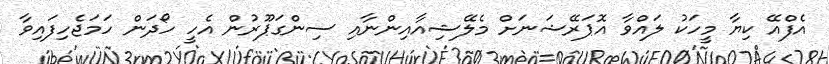
އެފްއޭ ކިޔާ މީހަކު ލައްވާ އޮޕަރޭޝަނަށް މެލޭޝިއާއިންނާއި ސިންގަޕޫރުން އެހީ ހޯދަން ހަމަޖެހިފައިވާ